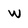
Character: w